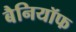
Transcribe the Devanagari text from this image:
बैनियॉफ